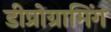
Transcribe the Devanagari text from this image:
डीप्रोग्रामिंग